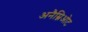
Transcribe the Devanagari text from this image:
अनैम्निओट